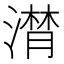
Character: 𣽽